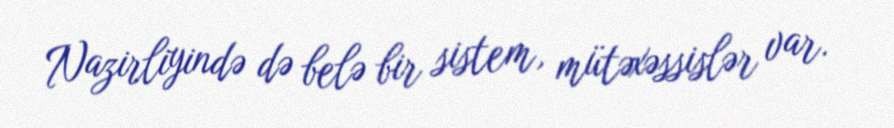
Nazirliyində də belə bir sistem, mütəxəssislər var.